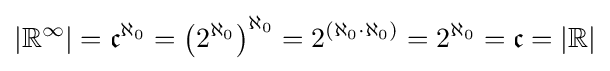
|\mathbb {R} ^{\infty }|={\mathfrak {c}}^{\aleph _{0}}=\left(2^{\aleph _{0}}\right)^{\aleph _{0}}=2^{(\aleph _{0}\cdot \aleph _{0})}=2^{\aleph _{0}}={\mathfrak {c}}=|\mathbb {R} |